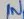
Text: IN